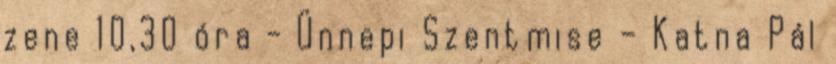
zene 10,30 óra - Ünnepi Szentmise – Katna Pál